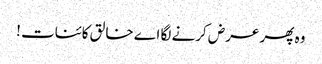
وہ پھر عرض کرنے لگا اے خالق کائنات !